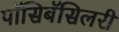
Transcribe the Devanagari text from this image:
पॉसिबॅसिलरी